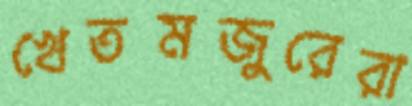
খেতমজুরেরা